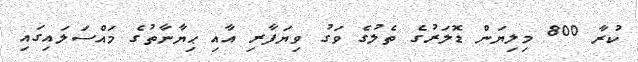
ކުރާ 800 މިލިޔަން ޑޮލަރުގެ ތެލުގެ ވަގު ވިޔަފާރި އާއި ޙިޔާނާތުގެ މައްސަލައިގައި